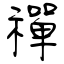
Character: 禪